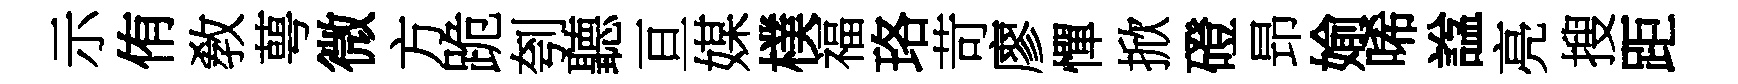
示侑敎萼微方跪刳聽亘媒樸福珞苛廖憚掀磴昻媮唏諡亮搜距